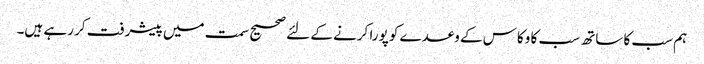
ہم سب کا ساتھ سب کا وکاس کے وعدے کو پورا کرنے کے لئے صحیح سمت میں پیشرفت کر رہے ہیں۔